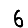
Digit: 6